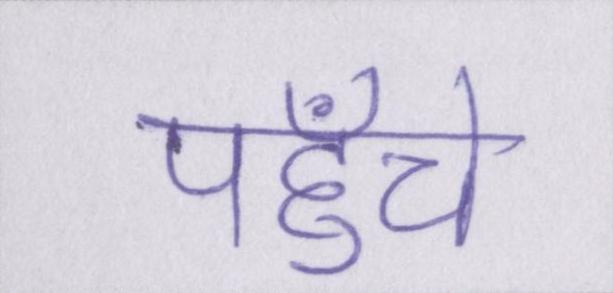
पहुँचे